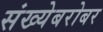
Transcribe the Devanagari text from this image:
संख्येबरोबर